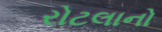
રોટલાનો